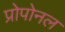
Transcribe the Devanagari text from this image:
प्रोपोनल